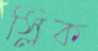
স্লিক